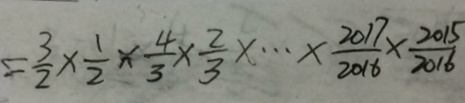
= \frac { 3 } { 2 } \times \frac { 1 } { 2 } \times \frac { 4 } { 3 } \times \frac { 2 } { 3 } \times \cdots \times \frac { 2 0 1 7 } { 2 0 1 6 } \times \frac { 2 0 1 5 } { 2 0 1 6 }